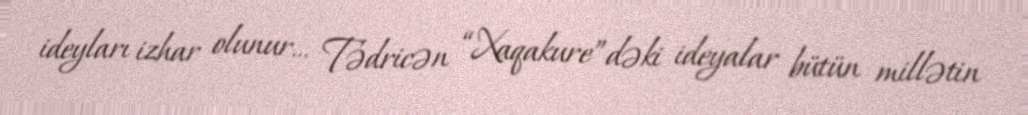
ideyları izhar olunur… Tədricən “Xaqakure”dəki ideyalar bütün millətin